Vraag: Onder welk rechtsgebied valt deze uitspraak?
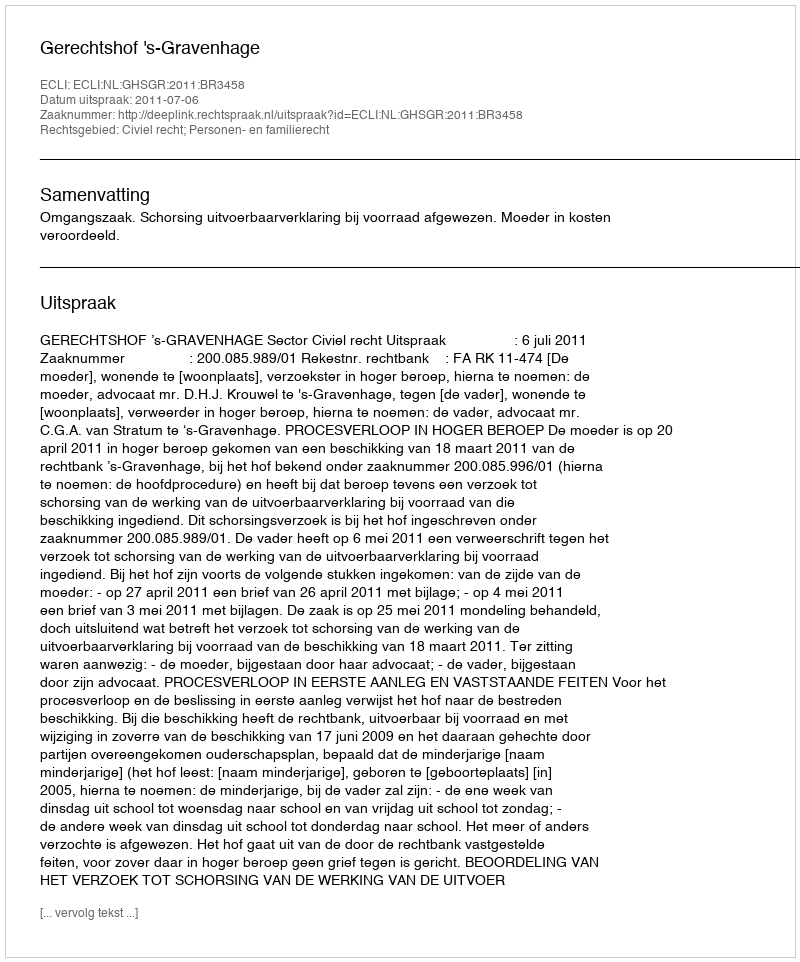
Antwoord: Civiel recht; Personen- en familierecht